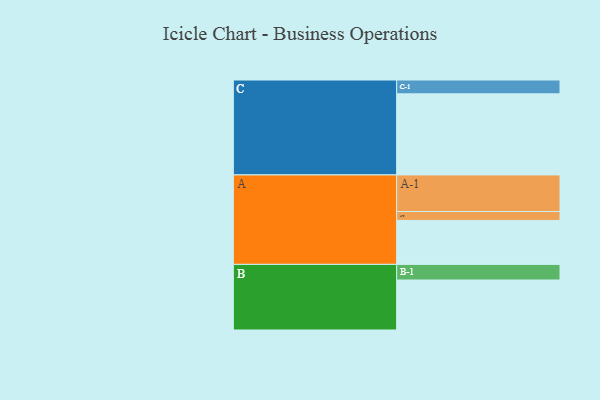
{"axis": {"x": "Segment", "y": "Value"}, "legend": ["", "A", "B", "C"], "data": [{"x": "A", "y": 321, "type": ""}, {"x": "B", "y": 365, "type": ""}, {"x": "C", "y": 592, "type": ""}, {"x": "A-1", "y": 267, "type": "A"}, {"x": "A-2", "y": 65, "type": "A"}, {"x": "B-1", "y": 114, "type": "B"}, {"x": "C-1", "y": 101, "type": "C"}]}